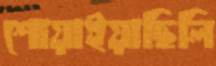
শোয়াইয়াছিলি